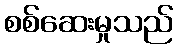
စစ်ဆေးမှုသည်